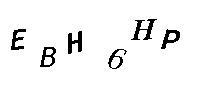
EBH6HP